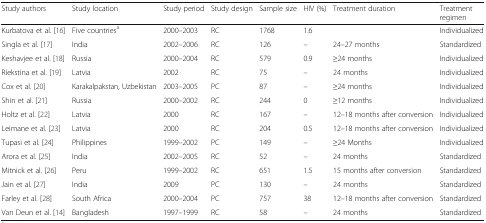
| Study authors | Study location | Study period | Study design | Sample size | HIV (%) | Treatment duration | Treatment regimen |
 | --- | --- | --- | --- | --- | --- | --- | --- |
 | Kurbatova et al. [16] | Five countriesa | 2000–2003 | RC | 1768 | 1.6 |  | Individualized |
 | Singla et al. [17] | India | 2002–2006 | RC | 126 | – | 24–27 months | Standardized |
 | Keshavjee et al. [18] | Russia | 2000–2004 | RC | 579 | 0.9 | ≥24 months | Individualized |
 | Riekstina et al. [19] | Latvia | 2002 | RC | 75 | – | 24 months | Individualized |
 | Cox et al. [20] | Karakalpakstan, Uzbekistan | 2003–2005 | PC | 87 | – | ≥24 months | Individualized |
 | Shin et al. [21] | Russia | 2000–2002 | RC | 244 | 0 | ≥12 months | Individualized |
 | Holtz et al. [22] | Latvia | 2000 | RC | 167 | – | 12–18 months after conversion | Individualized |
 | Leimane et al. [23] | Latvia | 2000 | RC | 204 | 0.5 | 12–18 months after conversion | Individualized |
 | Tupasi et al. [24] | Philippines | 1999–2002 | PC | 149 | – | ≥24 Months | Individualized |
 | Arora et al. [25] | India | 2002–2005 | RC | 52 | – | 24 months | Standardized |
 | Mitnick et al. [26] | Peru | 1999–2002 | RC | 651 | 1.5 | 15 months after conversion | Standardized |
 | Jain et al. [27] | India | 2009 | PC | 130 | – | 24 months | Standardized |
 | Farley et al. [28] | South Africa | 2000–2004 | PC | 757 | 38 | 12–18 months after conversion | Standardized |
 | Van Deun et al. [14] | Bangladesh | 1997–1999 | RC | 58 | – | 24 months | Standardized |